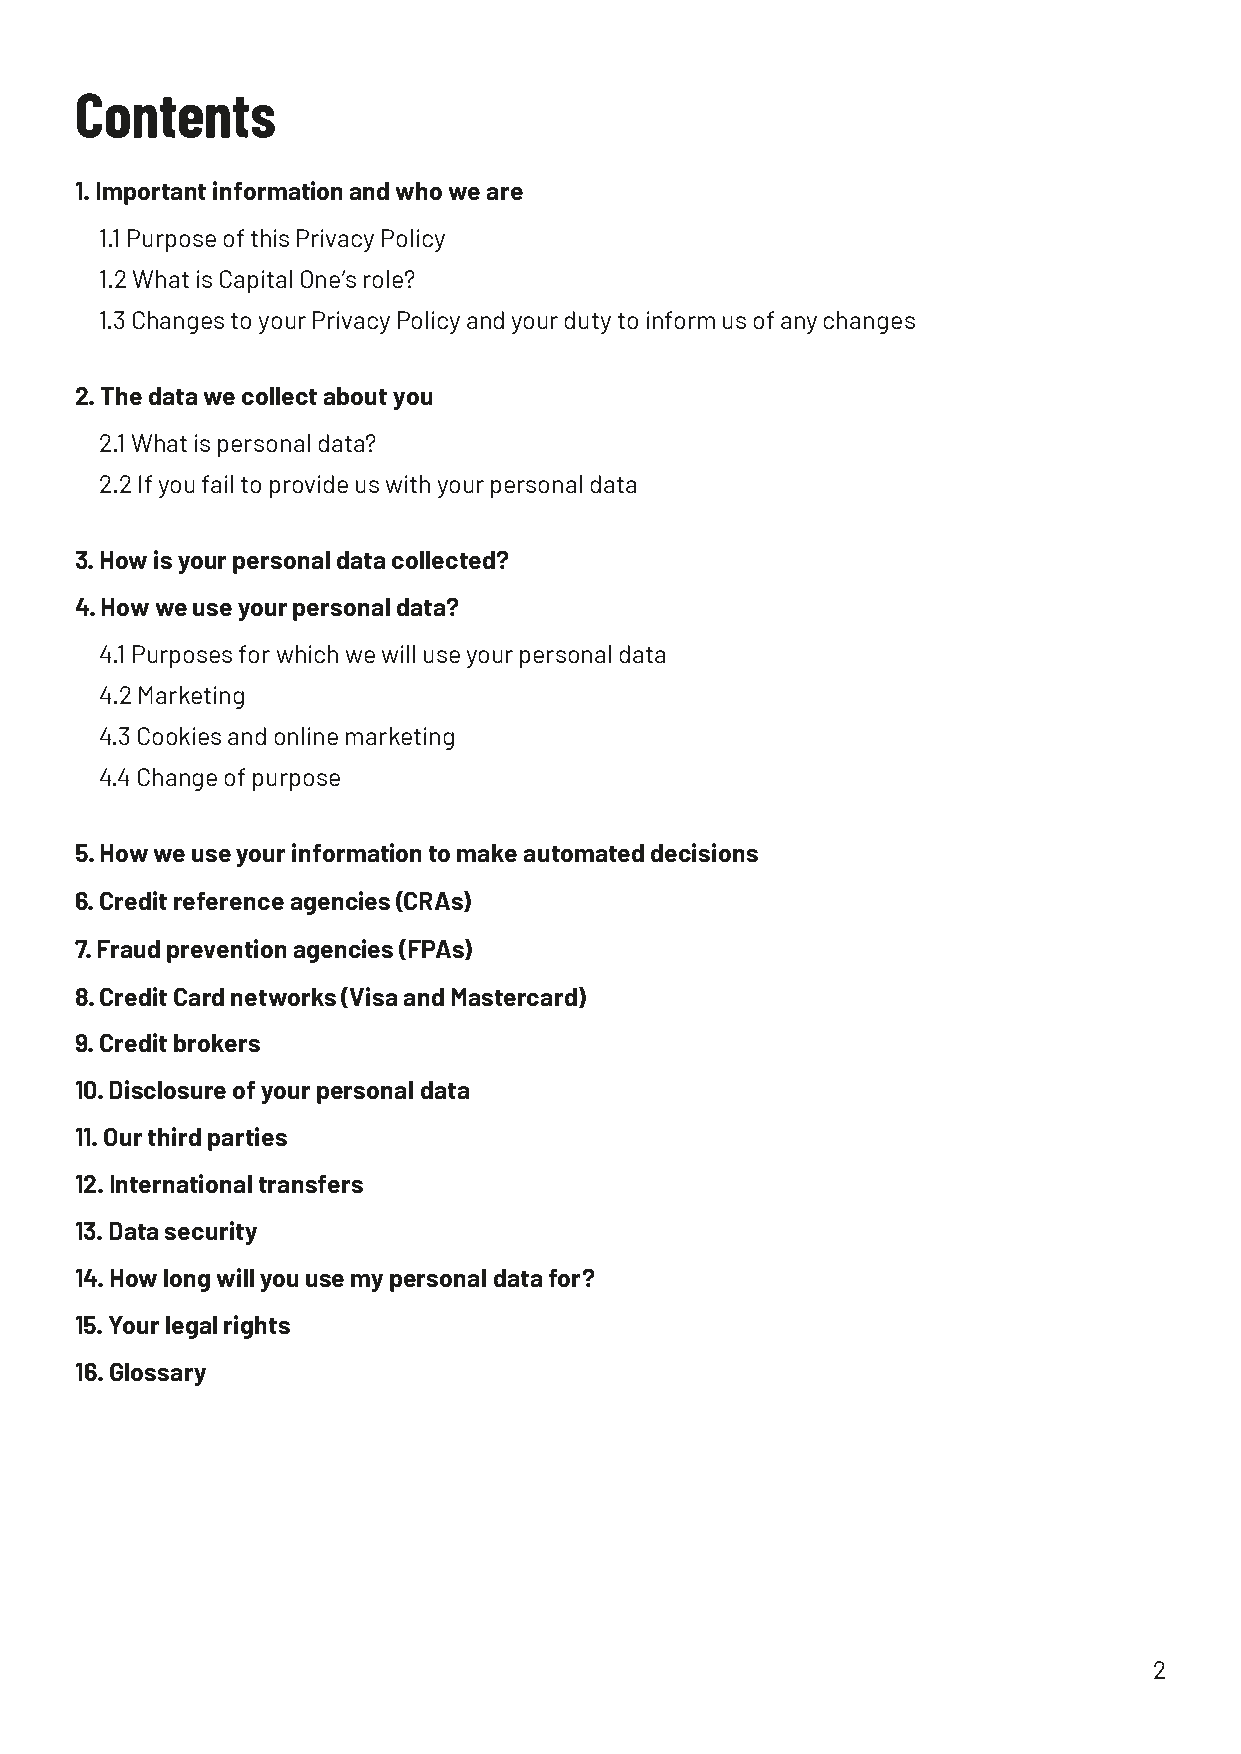
Contents
 1. Important information and who we are
 1.1 Purpose of this Privacy Policy
 1.2 What is Capital One’s role?
 1.3 Changes to your Privacy Policy and your duty to inform us of any changes
 2. The data we collect about you
 2.1 What is personal data?
 2.2 If you fail to provide us with your personal data
 3. How is your personal data collected?
 4. How we use your personal data?
 4.1 Purposes for which we will use your personal data
 4.2 Marketing
 4.3 Cookies and online marketing
 4.4 Change of purpose
 5. How we use your information to make automated decisions
 6. Credit reference agencies (CRAs)
 7. Fraud prevention agencies (FPAs)
 8. Credit Card networks (Visa and Mastercard)
 9. Credit brokers
 10. Disclosure of your personal data
 11. Our third parties
 12. International transfers
 13. Data security
 14. How long will you use my personal data for?
 15. Your legal rights
 16. Glossary
 2